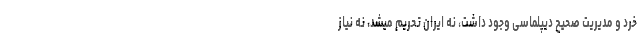
خرد و مدیریت صحیح دیپلماسی وجود داشت، نه ایران تحریم میشد، نه نیاز